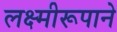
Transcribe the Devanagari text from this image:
लक्ष्मीरूपाने